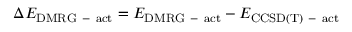
\Delta E _ { \mathrm { D M R G \mathrm { ~ - ~ } a c t } } = E _ { \mathrm { D M R G \mathrm { ~ - ~ } a c t } } - E _ { \mathrm { C C S D ( T ) \mathrm { ~ - ~ } a c t } }